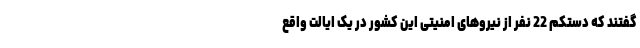
گفتند که دستکم 22 نفر از نیروهای امنیتی این کشور در یک ایالت واقع